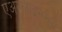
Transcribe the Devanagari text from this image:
एअरलाइनन्ला